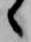
々